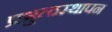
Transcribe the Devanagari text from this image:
प्रभुत्वस्थापन